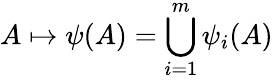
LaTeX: A\mapsto\psi(A)=\bigcup_{i=1}^{m}\psi_{i}(A)